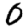
Digit: 0